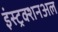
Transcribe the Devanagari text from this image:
इंस्ट्रक्शनअल